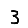
Digit: 3